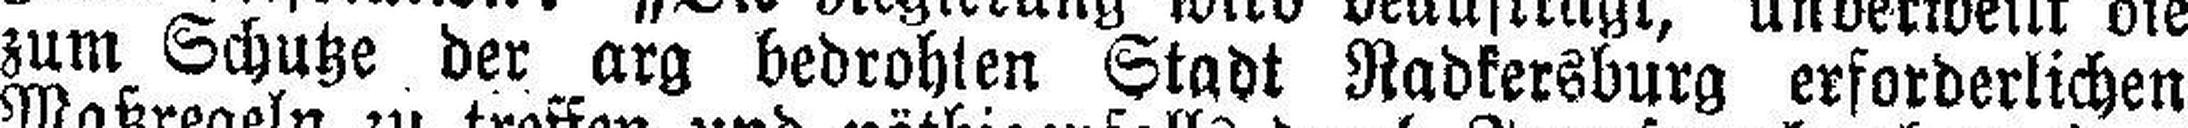
zum Schutze der arg bedrohten Stadt Radkersburg erforderlichen